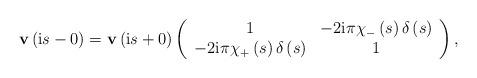
LaTeX: \begin{align*}\mathbf{v}\left( \mathrm{i}s-0\right) =\mathbf{v}\left( \mathrm{i}s+0\right) \left(\begin{array}[c]{cc}1 & -2\mathrm{i}\pi\chi_{-}\left( s\right) \delta\left( s\right) \\-2\mathrm{i}\pi\chi_{+}\left( s\right) \delta\left( s\right) & 1\end{array}\right) , \end{align*}